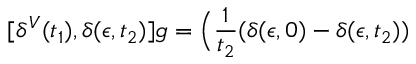
[ \delta ^ { V } ( t _ { 1 } ) , \delta ( \epsilon , t _ { 2 } ) ] g = \Big ( { \frac { 1 } { t _ { 2 } } } ( \delta ( \epsilon , 0 ) - \delta ( \epsilon , t _ { 2 } ) )